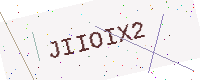
Text: JIIOIX2